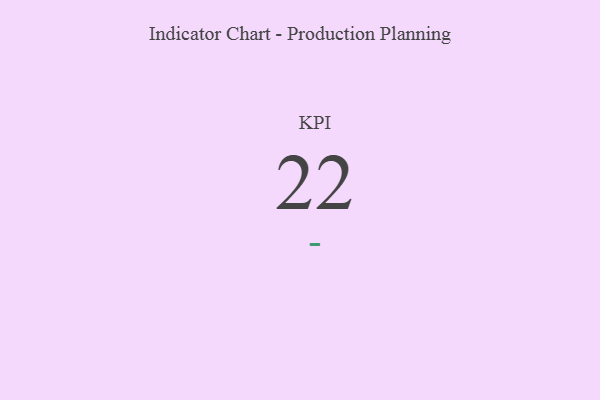
{"axis": {"x": "KPI", "y": "Value"}, "legend": [""], "data": [{"x": "KPI", "y": 22, "type": ""}]}